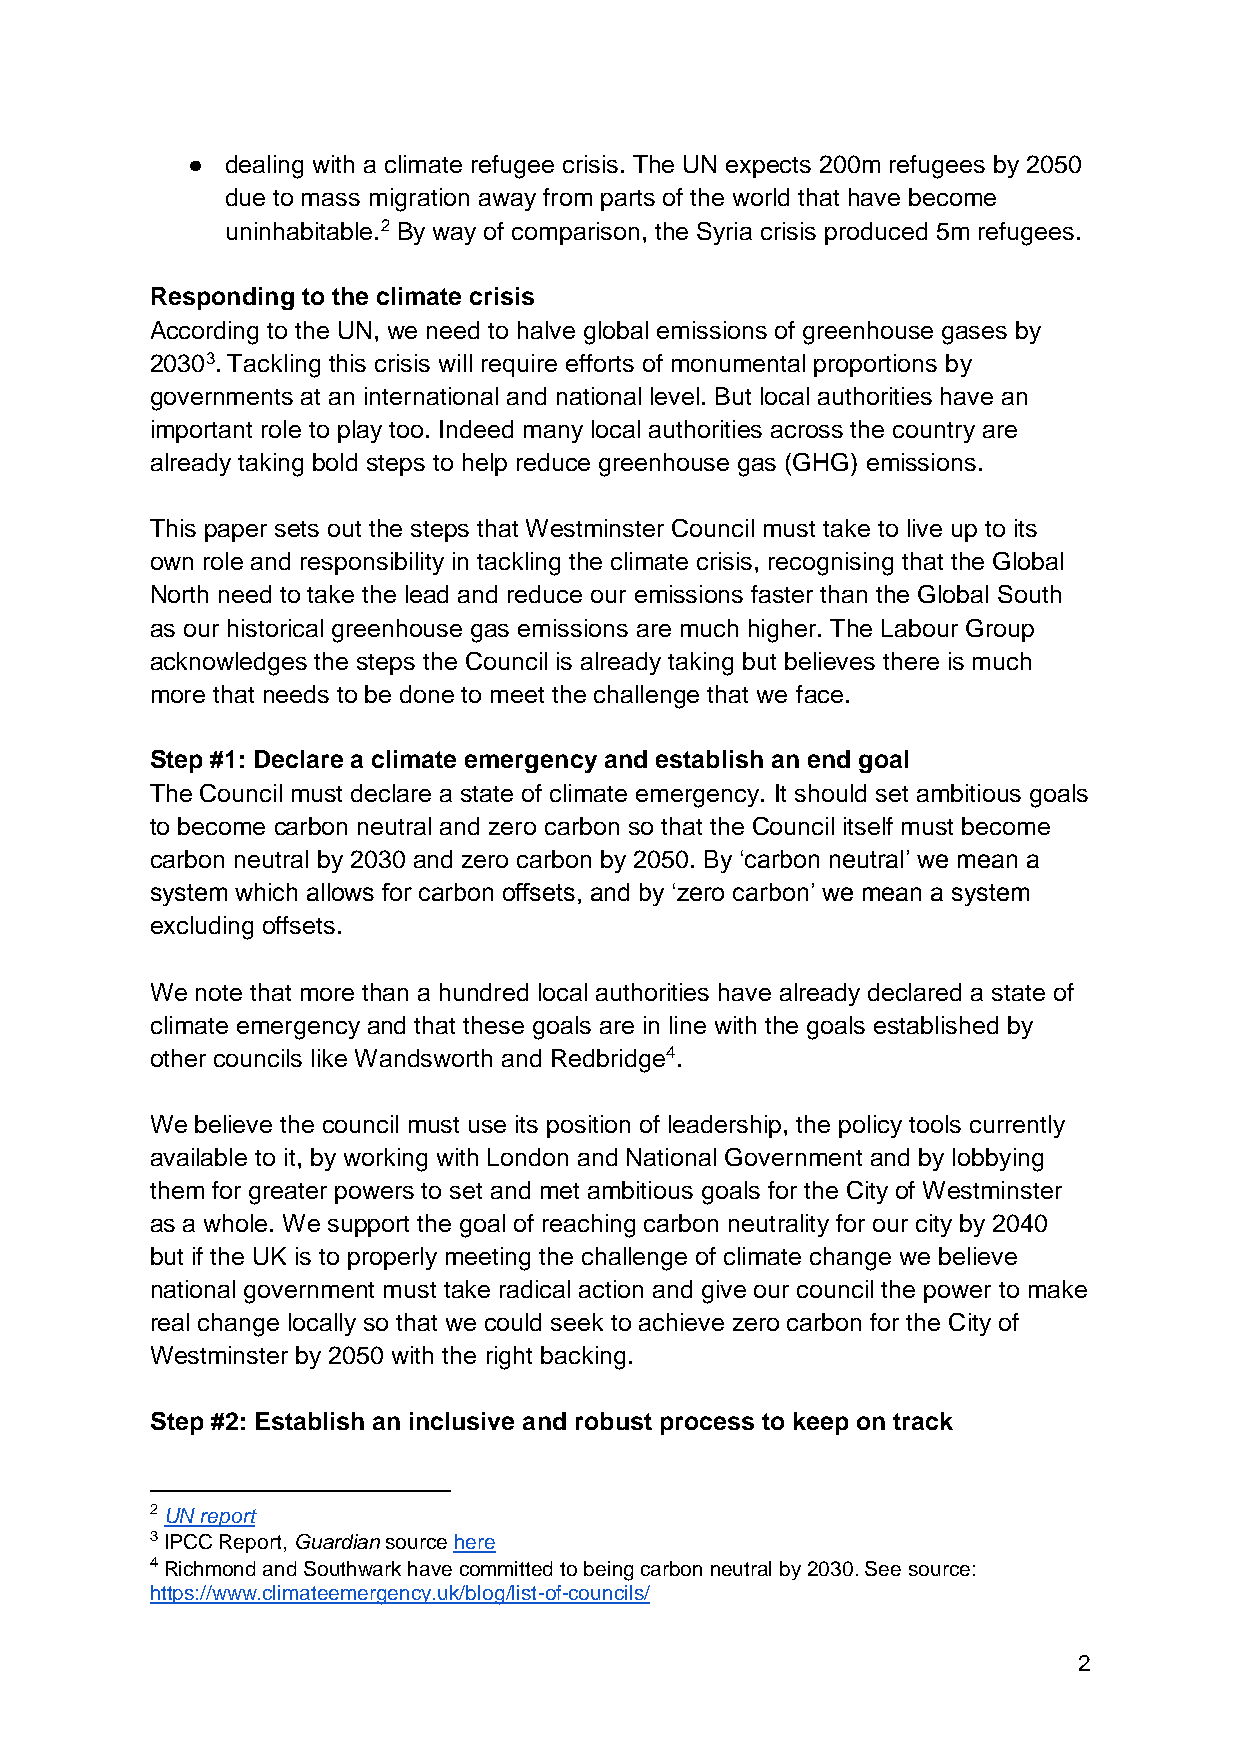
●  dealing with a climate refugee crisis. The UN expects 200m refugees by 2050
 due to mass migration away from parts of the world that have become
 uninhabitable.2 By way of comparison, the Syria crisis produced 5m refugees.
 Responding to the climate crisis
 According to the UN, we need to halve global emissions of greenhouse gases by
 20303. Tackling this crisis will require efforts of monumental proportions by
 governments at an international and national level. But local authorities have an
 important role to play too. Indeed many local authorities across the country are
 already taking bold steps to help reduce greenhouse gas (GHG) emissions.
 This paper sets out the steps that Westminster Council must take to live up to its
 own role and responsibility in tackling the climate crisis, recognising that the Global
 North need to take the lead and reduce our emissions faster than the Global South
 as our historical greenhouse gas emissions are much higher. The Labour Group
 acknowledges the steps the Council is already taking but believes there is much
 more that needs to be done to meet the challenge that we face.
 Step #1: Declare a climate emergency and establish an end goal
 The Council must declare a state of climate emergency. It should set ambitious goals
 to become carbon neutral and zero carbon so that the Council itself must become
 carbon neutral by 2030 and zero carbon by 2050. By ‘carbon neutral’ we mean a
 system which allows for carbon offsets, and by ‘zero carbon’ we mean a system
 excluding offsets.
 We note that more than a hundred local authorities have already declared a state of
 climate emergency and that these goals are in line with the goals established by
 other councils like Wandsworth and Redbridge4.
 We believe the council must use its position of leadership, the policy tools currently
 available to it, by working with London and National Government and by lobbying
 them for greater powers to set and met ambitious goals for the City of Westminster
 as a whole. We support the goal of reaching carbon neutrality for our city by 2040
 but if the UK is to properly meeting the challenge of climate change we believe
 national government must take radical action and give our council the power to make
 real change locally so that we could seek to achieve zero carbon for the City of
 Westminster by 2050 with the right backing.
 Step #2: Establish an inclusive and robust process to keep on track
 2 UN report
 3 IPCC Report, Guardian source here
 4 Richmond and Southwark have committed to being carbon neutral by 2030. See source:
 https://www.climateemergency.uk/blog/list-of-councils/
 2